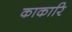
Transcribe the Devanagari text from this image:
काकारि